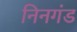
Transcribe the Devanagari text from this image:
निनगंड